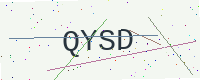
Text: QYSD